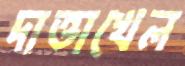
দাত্তাখেল